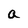
Character: a